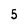
Character: 5